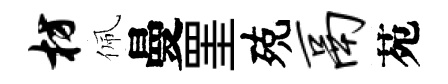
枋佩曼罣殑鬲苑